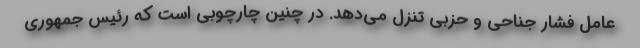
عامل فشار جناحی و حزبی تنزل می‌دهد. در چنین چارچوبی است که رئیس جمهوری